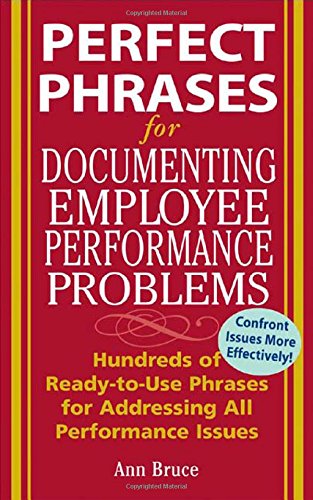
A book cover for Perfect Phrases for Documenting Employee Performance Problems (Perfect Phrases Series); Anne Bruce; Business & Money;